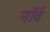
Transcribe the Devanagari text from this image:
नॉर्व